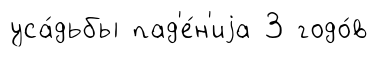
уса́дьбы пад'е́н'иjа 3 годо́в